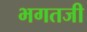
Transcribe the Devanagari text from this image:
भगतजी